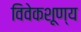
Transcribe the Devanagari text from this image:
विवेकशूण्य